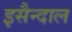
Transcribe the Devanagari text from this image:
इसैन्दाल